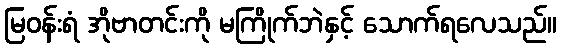
မြဝန်းရံ အိုဗာတင်းကို မကြိုက်ဘဲနှင့် သောက်ရလေသည်။